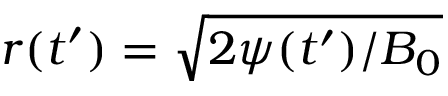
r ( t ^ { \prime } ) = \sqrt { 2 \psi ( t ^ { \prime } ) / B _ { 0 } }